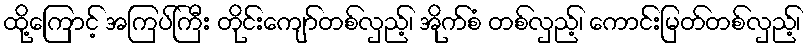
ထို့ကြောင့် အကြပ်ကြီး တိုင်းကျော်တစ်လှည့်၊ အိုက်စံ တစ်လှည့်၊ ကောင်းမြတ်တစ်လှည့်၊